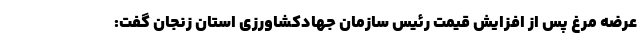
عرضه مرغ پس از افزایش قیمت رئیس سازمان جهادکشاورزی استان زنجان گفت: